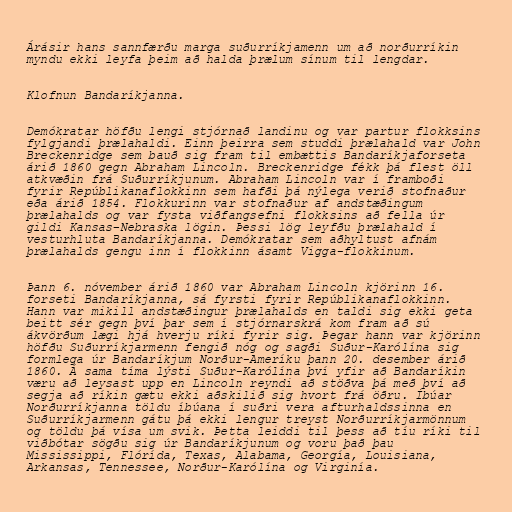
Árásir hans sannfærðu marga suðurríkjamenn um að norðurríkin
myndu ekki leyfa þeim að halda þrælum sínum til lengdar.

Klofnun Bandaríkjanna.

Demókratar höfðu lengi stjórnað landinu og var partur flokksins
fylgjandi þrælahaldi. Einn þeirra sem studdi þrælahald var John
Breckenridge sem bauð sig fram til embættis Bandaríkjaforseta
árið 1860 gegn Abraham Lincoln. Breckenridge fékk þá flest öll
atkvæðin frá Suðurríkjunum. Abraham Lincoln var í framboði
fyrir Repúblikanaflokkinn sem hafði þá nýlega verið stofnaður
eða árið 1854. Flokkurinn var stofnaður af andstæðingum
þrælahalds og var fysta viðfangsefni flokksins að fella úr
gildi Kansas–Nebraska lögin. Þessi lög leyfðu þrælahald í
vesturhluta Bandaríkjanna. Demókratar sem aðhyltust afnám
þrælahalds gengu inn í flokkinn ásamt Vigga-flokkinum.

Þann 6. nóvember árið 1860 var Abraham Lincoln kjörinn 16.
forseti Bandaríkjanna, sá fyrsti fyrir Repúblikanaflokkinn.
Hann var mikill andstæðingur þrælahalds en taldi sig ekki geta
beitt sér gegn því þar sem í stjórnarskrá kom fram að sú
ákvörðum lægi hjá hverju ríki fyrir sig. Þegar hann var kjörinn
höfðu Suðurríkjarmenn fengið nóg og sagði Suður-Karólína sig
formlega úr Bandaríkjum Norður-Ameríku þann 20. desember árið
1860. Á sama tíma lýsti Suður-Karólína því yfir að Bandaríkin
væru að leysast upp en Lincoln reyndi að stöðva þá með því að
segja að ríkin gætu ekki aðskilið sig hvort frá öðru. Íbúar
Norðurríkjanna töldu íbúana í suðri vera afturhaldssinna en
Suðurríkjarmenn gátu þá ekki lengur treyst Norðurríkjarmönnum
og töldu þá vísa um svik. Þetta leiddi til þess að tíu ríki til
viðbótar sögðu sig úr Bandaríkjunum og voru það þau
Mississippi, Flórída, Texas, Alabama, Georgía, Louisiana,
Arkansas, Tennessee, Norður-Karólína og Virginía.